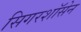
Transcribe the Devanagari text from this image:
सिगरशॉसेन